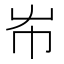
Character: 𡴅